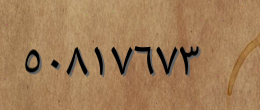
٥٠٨١٧٦٧٣